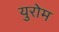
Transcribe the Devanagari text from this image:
युरोम